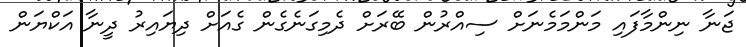
ޖަނާ ނިންމާފައި މަންމަމެނަށް ސިއްރުން ބޭރަށް ދެމިގަނެގެން ގެއަށް ދިޔައިރު ދީނާ އަކްޔަން